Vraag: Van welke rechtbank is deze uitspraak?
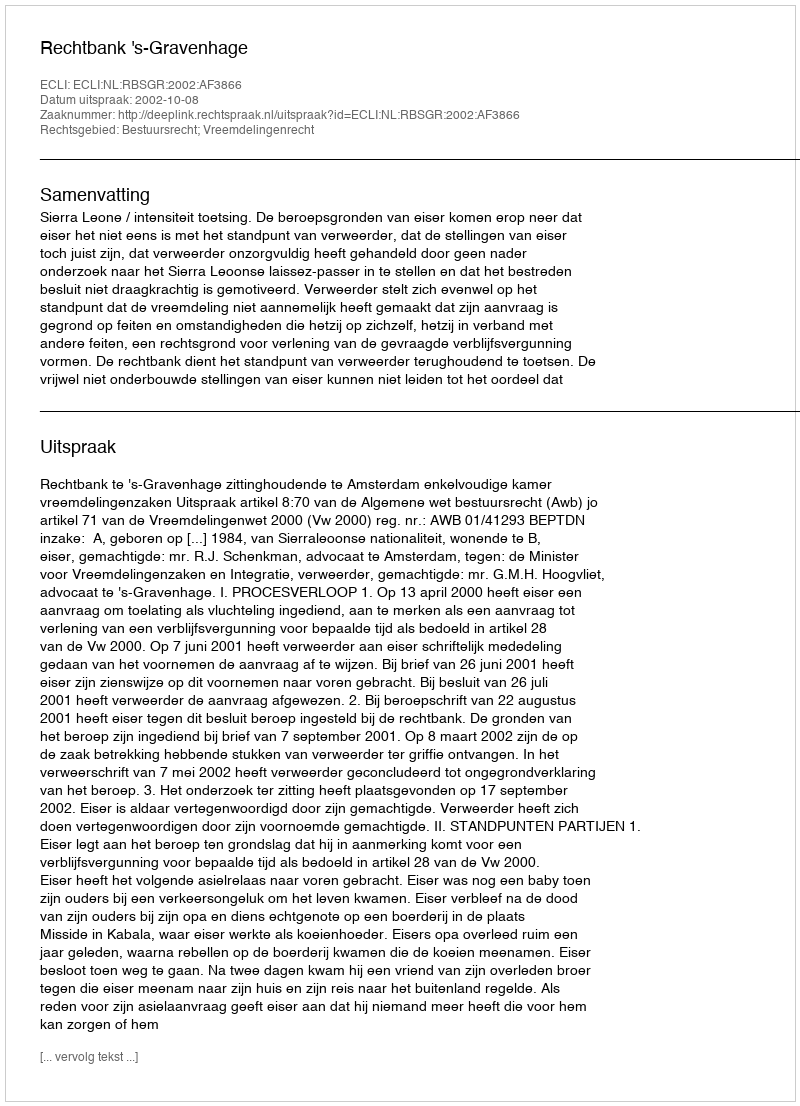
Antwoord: Rechtbank 's-Gravenhage